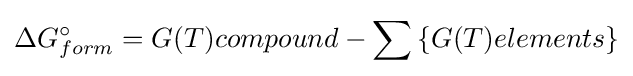
\Delta G_{form}^{\circ }=G(T)compound-\sum \left\{G(T)elements\right\}